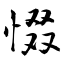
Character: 惙